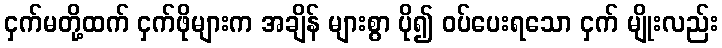
ငှက်မတို့ထက် ငှက်ဖိုများက အချိန် များစွာ ပို၍ ဝပ်ပေးရသော ငှက် မျိုးလည်း